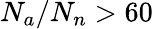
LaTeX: N_{a}/N_{n}>60